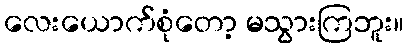
လေးယောက်စုံတော့ မသွားကြဘူး။